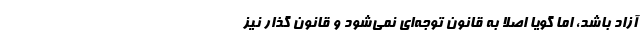
آزاد باشد، اما گویا اصلا به قانون توجه‌ای نمی‌شود و قانون گذار نیز